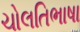
ચોલતિભાષા